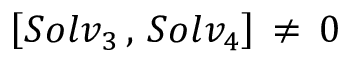
\left[ S o l v _ { 3 } \, , \, S o l v _ { 4 } \right] \, \ne \, 0